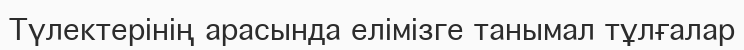
Түлектерінің арасында елімізге танымал тұлғалар